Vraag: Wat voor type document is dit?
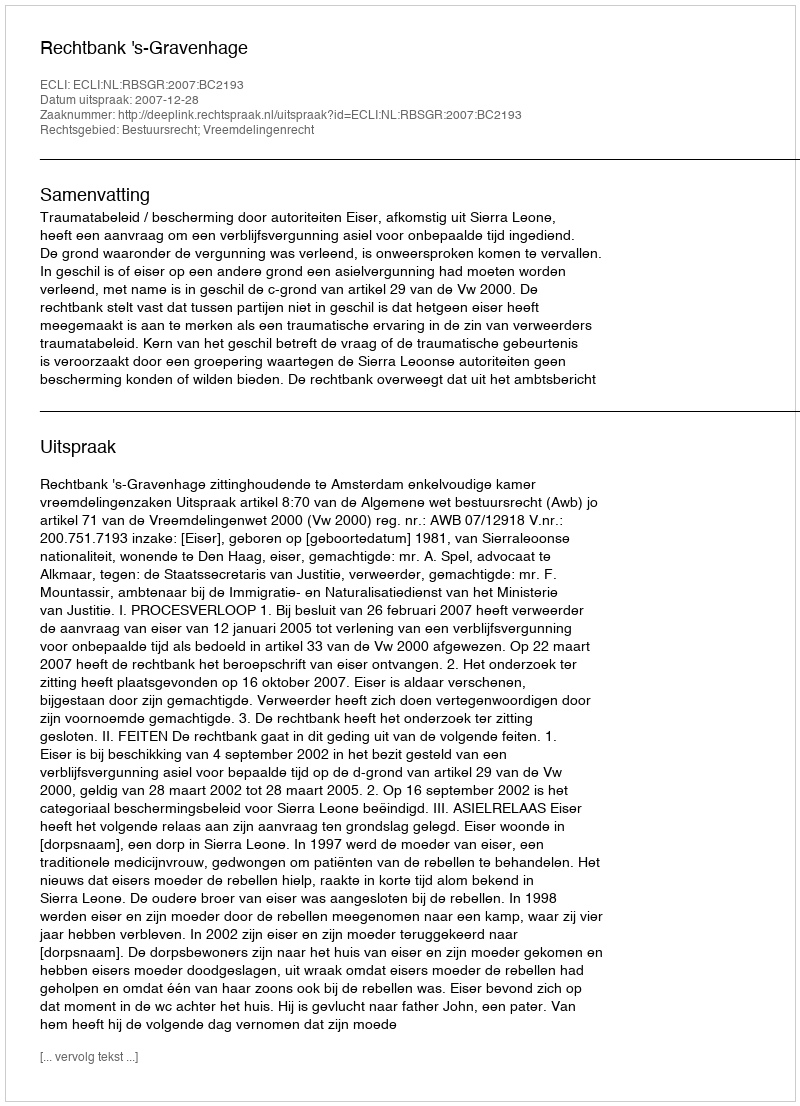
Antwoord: Uitspraak